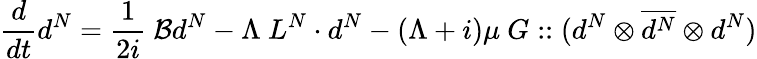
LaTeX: \frac{d}{dt}d^{N}=\frac{1}{2i}\ \mathcal{B}d^{N}-\Lambda\ L^{N}\cdot d^{N}-(\Lambda+i)\mu\ G::(d^{N}\otimes\overline{{d^{N}}}\otimes d^{N})